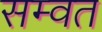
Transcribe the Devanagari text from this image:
सम्‍वत